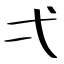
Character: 弌